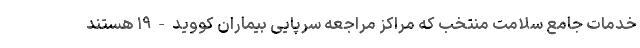
خدمات جامع سلامت منتخب که مراکز مراجعه سرپایی بیماران کووید-۱۹ هستند